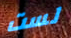
لست